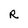
Character: R